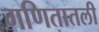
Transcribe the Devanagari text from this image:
गणितातली